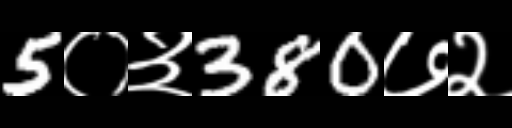
Text: 5०३380७२